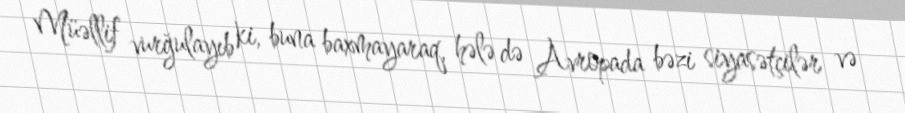
Müəllif vurğulayıb ki, buna baxmayaraq, hələ də Avropada bəzi siyasətçilər və